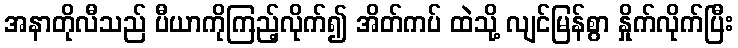
အနာတိုလီသည် ပီယာကိုကြည့်လိုက်၍ အိတ်ကပ် ထဲသို့ လျင်မြန်စွာ နှိုက်လိုက်ပြီး